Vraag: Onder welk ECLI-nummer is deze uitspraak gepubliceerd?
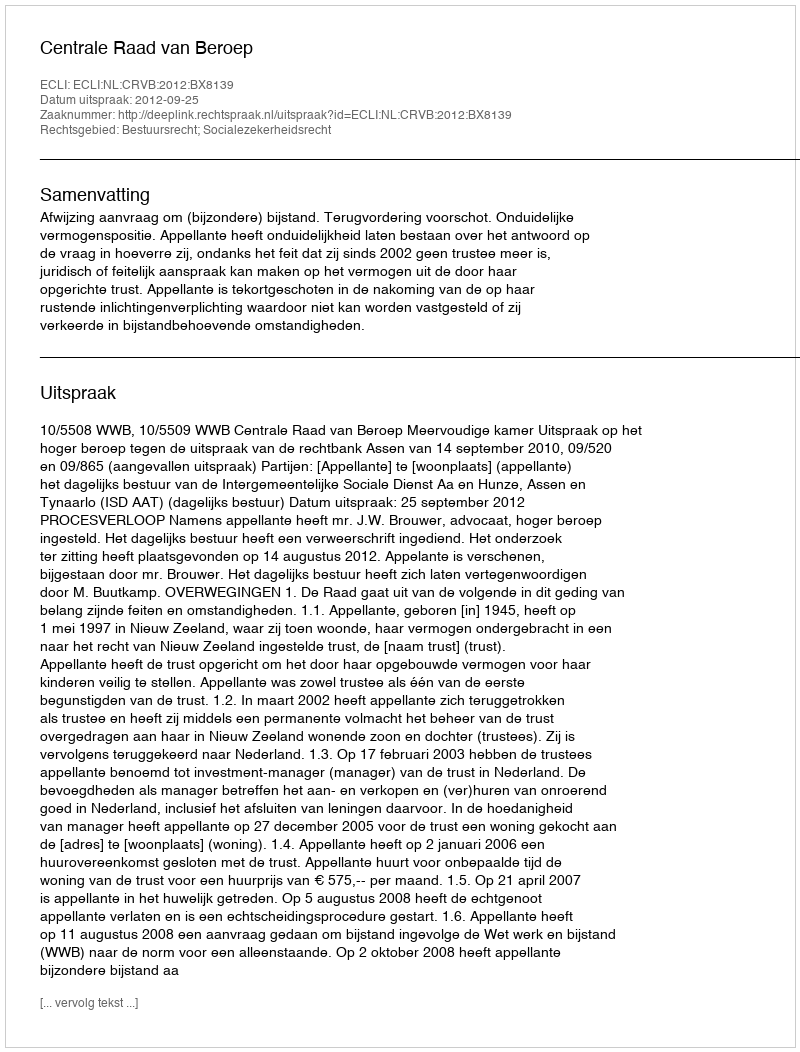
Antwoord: ECLI:NL:CRVB:2012:BX8139